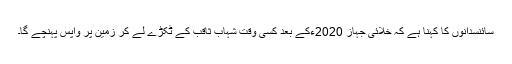
سائنسدانوں کا کہنا ہے کہ خلائی جہاز 2020ءکے بعد کسی وقت شہاب ثاقب کے ٹکڑے لے کر زمین پر واپس پہنچے گا۔